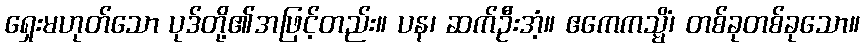
ရှေးမဟုတ်သော ပုဒ်တို့၏အဖြင့်တည်း။ ပန၊ ဆက်ဦးအံ့။ ဧကေကသ္မိံ၊ တစ်ခုတစ်ခုသော။